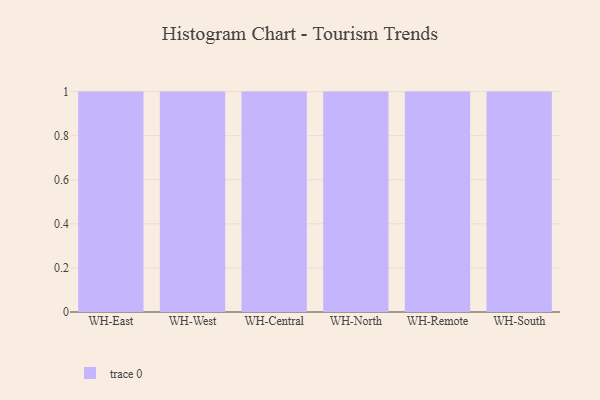
{"axis": {"x": "Warehouse", "y": "Shipments"}, "legend": [""], "data": [{"x": "WH-East", "y": 21, "type": ""}, {"x": "WH-West", "y": 15, "type": ""}, {"x": "WH-Central", "y": 63, "type": ""}, {"x": "WH-North", "y": 5, "type": ""}, {"x": "WH-Remote", "y": 96, "type": ""}, {"x": "WH-South", "y": 99, "type": ""}]}